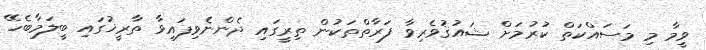
ވީމާ މި މަސައްކަތް ކުރުމަށް ޝައުޤުވެރިވާ ފަރާތްތަކުން ތިރީގައި ދެންނެވިފައިވާ ތާރީޚުގައި ބީލަމާބެހޭ